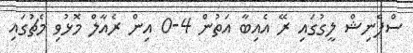
ސްޕެނިޝް ލީގުގައި ރޭ އެއިބާ އަތުން 4-0 އިން ރެއާލް މޮޅުވި މެޗުގައި